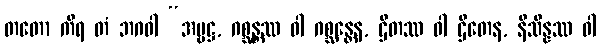
တတော ကိရ တံ ဘဂဝါ “အမ္ဗဋ္ဌ, ဂစ္ဆန္တဿ ဝါ ဂစ္ဆန္တေန, ဌိတဿ ဝါ ဌိတေန, နိသိန္နဿ ဝါ